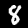
Label: 8